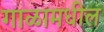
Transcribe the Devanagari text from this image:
गाळामधील